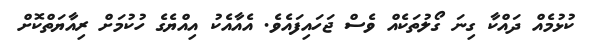
ކުޅުމެއް ދައްކާ ގިނަ ގޯލުތަކެއް ވެސް ޖަހައިފައެވެ. އެއާއެކު އިއްޔެގެ ހުކުމަށް ރިއާޔަތްކޮށް